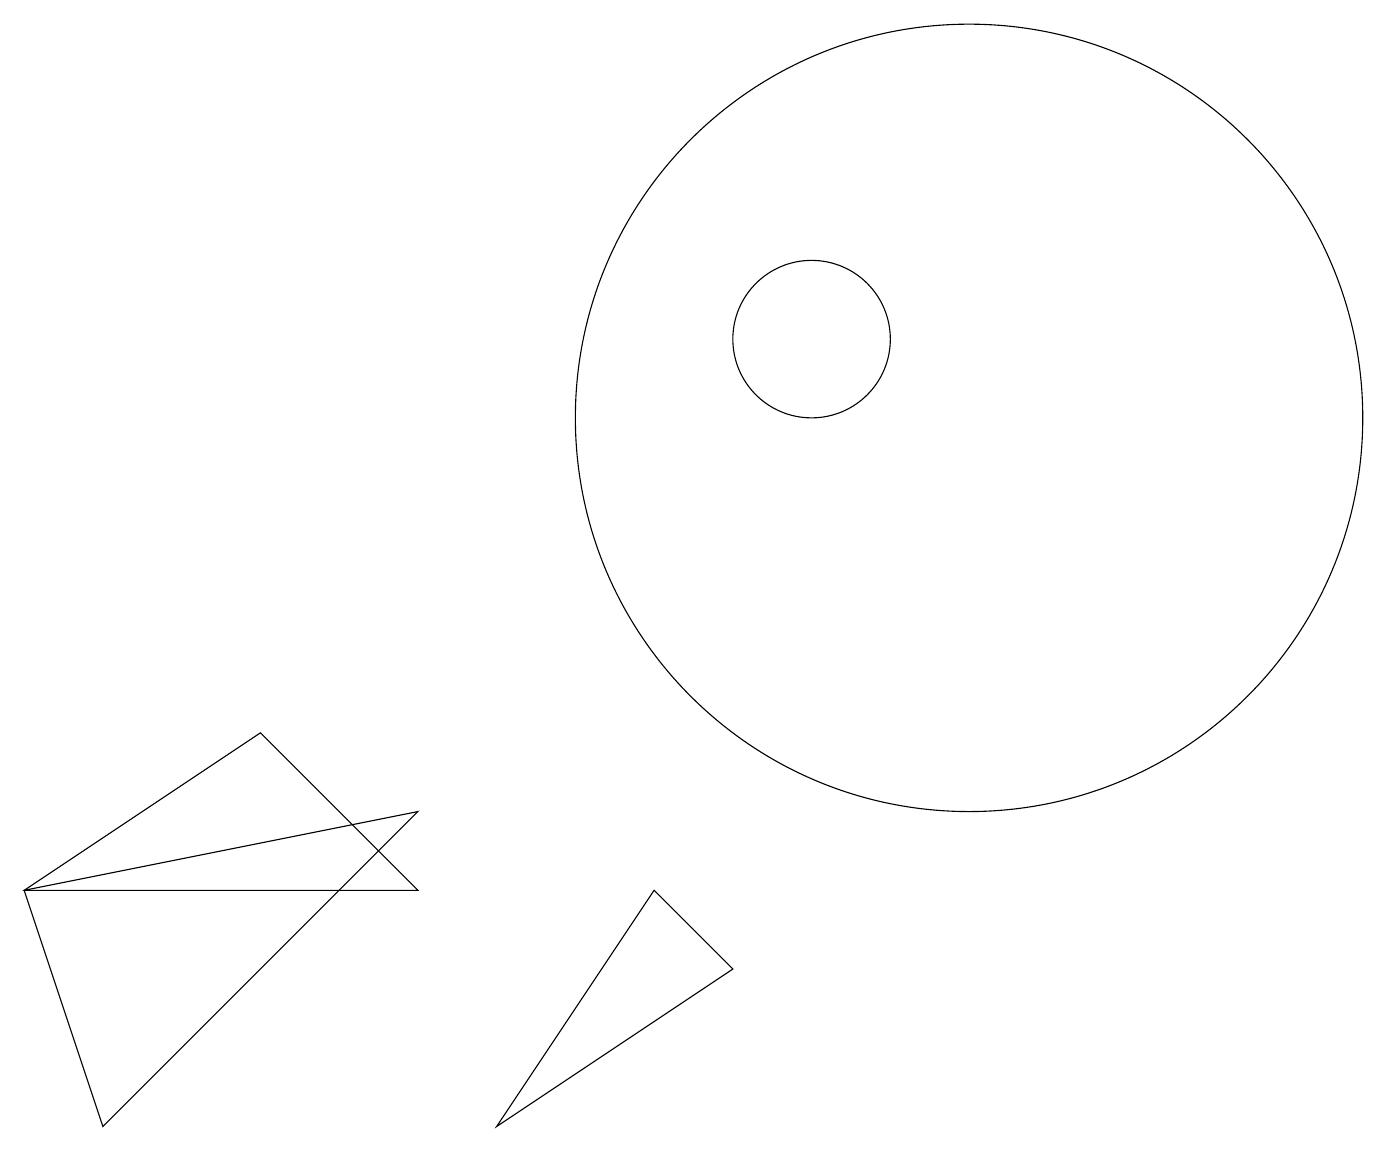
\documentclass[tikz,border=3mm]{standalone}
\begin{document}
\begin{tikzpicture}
\draw (5,4) -- (0,4) -- (3,6) -- cycle;
\draw (10,11) circle (1);
\draw (10,10) circle (0);
\draw (0,4) -- (5,5) -- (1,1) -- cycle;
\draw (12,10) circle (5);
\draw (8,4) -- (9,3) -- (6,1) -- cycle;
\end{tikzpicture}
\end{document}